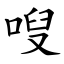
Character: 㖬